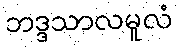
ဘဒ္ဒသာလမူလံ